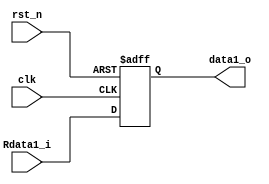
module A(
  input clk,
  input rst_n,
  input [31:0] Rdata1_i,//Regfile Read-data1
  
  output [31:0] data1_o
  );
  reg [31:0] A;
  always@(posedge clk or posedge rst_n)
  begin
    if (rst_n)
      A <= 32'h0;
    else
      A <= Rdata1_i;
  end
  assign data1_o = A;
endmodule